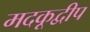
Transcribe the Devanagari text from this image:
मदकूद्वीप